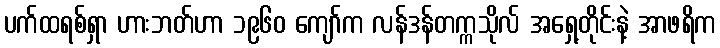
ပက်ထရစ်ရှာ ဟားဘတ်ဟာ ၁၉၆၀ ကျော်က လန်ဒန်တက္ကသိုလ် အရှေ့တိုင်းနဲ့ အာဖရိက